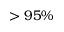
> 9 5 \%